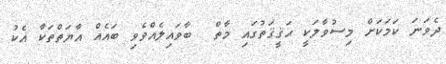
ދެވަނަ ކަމަކަށް މިސުވާލަކީ ޙަޤީޤަތުގައި މާތް  ބާވައިލެއްވެވި ބައެއް އާޔަތްތަކާ އެކު